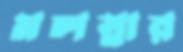
মলস্নার